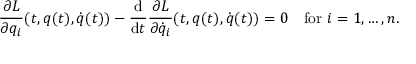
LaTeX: { \frac { \partial L } { \partial q _ { i } } } ( t , { \boldsymbol { q } } ( t ) , { \dot { \boldsymbol { q } } } ( t ) ) - { \frac { \mathrm { d } } { \mathrm { d } t } } { \frac { \partial L } { \partial { \dot { q } } _ { i } } } ( t , { \boldsymbol { q } } ( t ) , { \dot { \boldsymbol { q } } } ( t ) ) = 0 \quad { \mathrm { f o r ~ } } i = 1 , \dots , n .